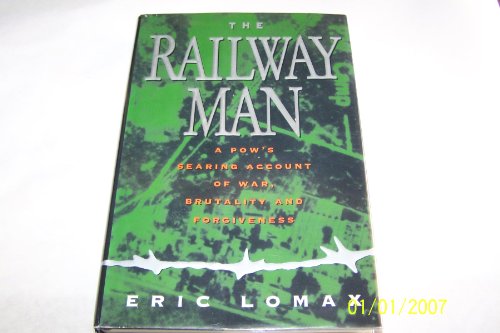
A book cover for The Railway Man; Eric Lomax; History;